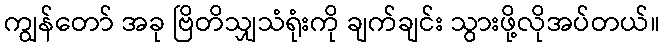
ကျွန်တော် အခု ဗြိတိသျှသံရုံးကို ချက်ချင်း သွားဖို့လိုအပ်တယ်။